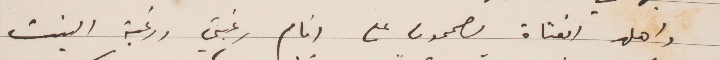
واهل الفتاة مصممون على إتمام رغبتي ورغبة البنت